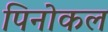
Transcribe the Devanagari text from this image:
पिनोकल